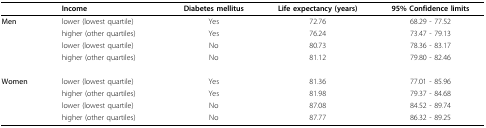
<table><thead><tr><td></td><td><b>Income</b></td><td><b>Diabetes mellitus</b></td><td><b>Life expectancy (years)</b></td><td><b>95% Confidence limits</b></td></tr></thead><tbody><tr><td><b>Men</b></td><td>lower (lowest quartile)</td><td>Yes</td><td>72.76</td><td>68.29 - 77.52</td></tr><tr><td></td><td>higher (other quartiles)</td><td>Yes</td><td>76.24</td><td>73.47 - 79.13</td></tr><tr><td></td><td>lower (lowest quartile)</td><td>No</td><td>80.73</td><td>78.36 - 83.17</td></tr><tr><td></td><td>higher (other quartiles)</td><td>No</td><td>81.12</td><td>79.80 - 82.46</td></tr><tr><td><b>Women</b></td><td>lower (lowest quartile)</td><td>Yes</td><td>81.36</td><td>77.01 - 85.96</td></tr><tr><td></td><td>higher (other quartiles)</td><td>Yes</td><td>81.98</td><td>79.37 - 84.68</td></tr><tr><td></td><td>lower (lowest quartile)</td><td>No</td><td>87.08</td><td>84.52 - 89.74</td></tr><tr><td></td><td>higher (other quartiles)</td><td>No</td><td>87.77</td><td>86.32 - 89.25</td></tr></tbody></table>